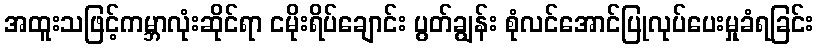
အထူးသဖြင့်ကမ္ဘာလုံးဆိုင်ရာ ငမိုးရိပ်ချောင်း ပွတ်ချွန်း စုံလင်အောင်ပြုလုပ်ပေးမှုခံရခြင်း